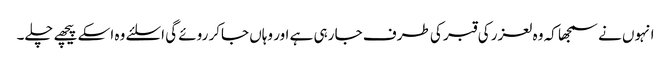
انہوں نے سمجھا کہ وہ لعزر کی قبر کی طرف جا رہی ہے اور وہاں جاکر روئے گی اسلئے وہ اسکے پیچھے چلے۔